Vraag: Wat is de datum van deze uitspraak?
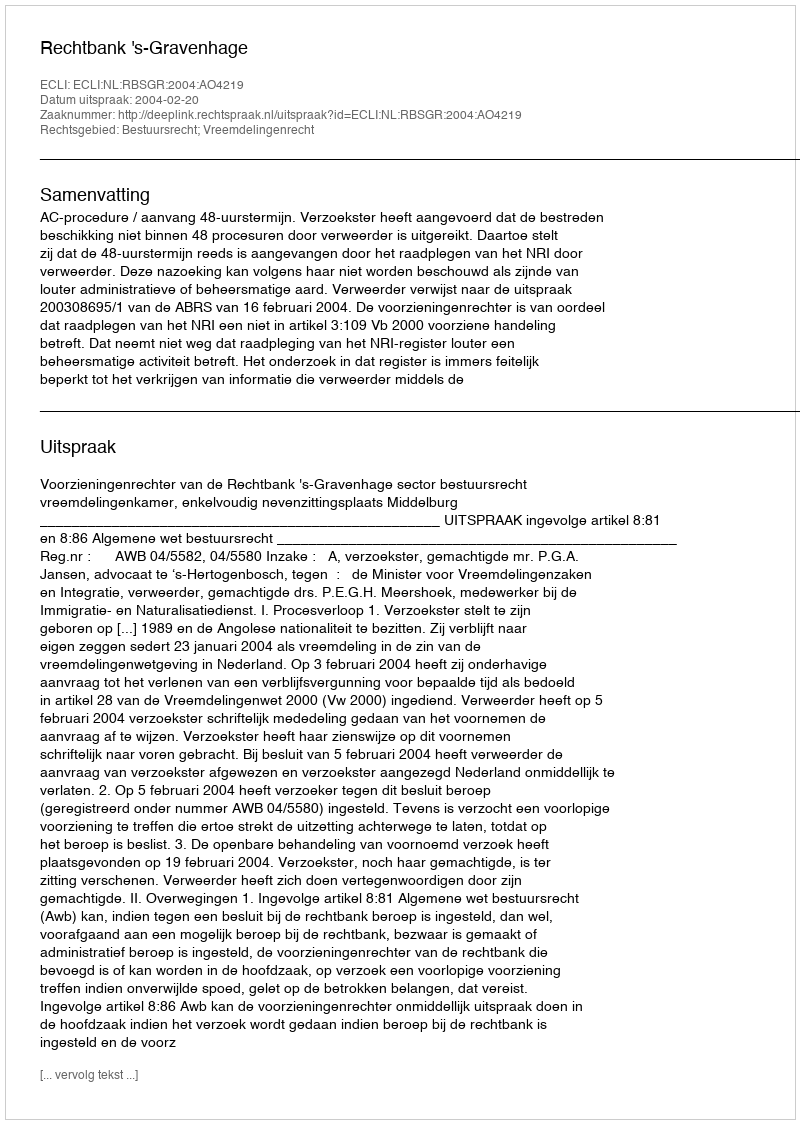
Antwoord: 2004-02-20